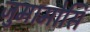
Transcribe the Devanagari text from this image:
जुमामोसि